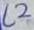
Text: L2